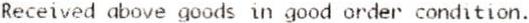
RECEIVED ABOVE GOODS IN GOOD ORDER CONDITION.